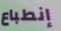
إنطباع